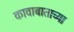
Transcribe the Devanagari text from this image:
कावाबाताच्या